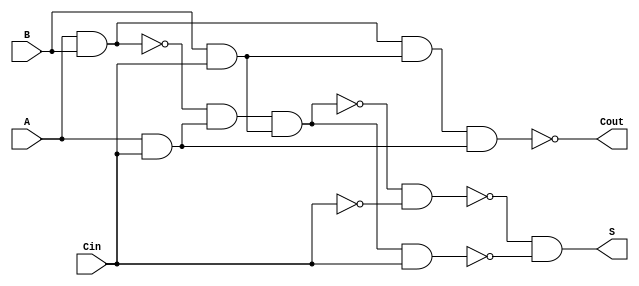
module NegativeCircuitFullAdder (
    input wire A,        // First input bit
    input wire B,        // Second input bit
    input wire Cin,      // Carry-in bit
    output wire S,       // Sum output
    output wire Cout     // Carry-out output
);

// Internal wires for the intermediate signals
wire AxorB;           // A  B
wire AB_and;          // A & B
wire BCin_and;        // B & Cin
wire ACin_and;        // A & Cin
wire AB_or;           // (A & B) | (B & Cin) | (A & Cin)

// XOR Implementation using NAND gates
wire A_nand_B = ~(A & B);                                  // NAND(A, B)
wire A_nand_Cin = ~(A & Cin);                              // NAND(A, Cin)
wire B_nand_Cin = ~(B & Cin);                              // NAND(B, Cin)

assign AxorB = ~(A_nand_B & ~A_nand_Cin & ~B_nand_Cin);  // A  B = ~(A NAND B) NAND (A NAND Cin) NAND (B NAND Cin)
assign S = ~(AxorB & ~Cin) & ~((~AxorB) & Cin);           // S = ((A  B) NAND ~(Cin)) NAND (A  B NAND Cin)

// Carry-Out Implementation using NAND gates
assign AB_and = ~(~(A & B));                                // A & B using NAND
assign BCin_and = ~(~(B & Cin));                            // B & Cin using NAND
assign ACin_and = ~(~(A & Cin));                            // A & Cin using NAND

assign Cout = ~(AB_and & BCin_and & ACin_and);            // Cout = ~( (A & B) NAND (B & Cin) NAND (A & Cin) )

endmodule